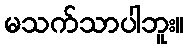
မသက်သာပါဘူး။